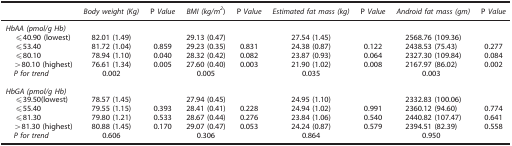
|  | Body weight (Kg) | P Value | BMI (kg/m2) | P Value | Estimated fat mass (kg) | P Value | Android fat mass (gm) | P Value |
 | --- | --- | --- | --- | --- | --- | --- | --- | --- |
 | <COLSPAN=9> HbAA (pmol/g Hb) |
 | ⩽40.90 (lowest) | 82.01 (1.49) |  | 29.13 (0.47) |  | 27.54 (1.45) |  | 2568.76 (109.36) |  |
 | ⩽53.40 | 81.72 (1.04) | 0.859 | 29.23 (0.35) | 0.831 | 24.38 (0.87) | 0.122 | 2438.53 (75.43) | 0.277 |
 | ⩽80.10 | 78.94 (1.10) | 0.040 | 28.32 (0.42) | 0.082 | 23.87 (0.93) | 0.064 | 2327.30 (109.84) | 0.084 |
 | >80.10 (highest) | 76.61 (1.34) | 0.005 | 27.60 (0.40) | 0.003 | 21.90 (1.02) | 0.008 | 2167.97 (86.02) | 0.002 |
 | P for trend | 0.002 |  | 0.005 |  | 0.035 |  | 0.003 |  |
 | <COLSPAN=9>  |
 | <COLSPAN=9> HbGA (pmol/g Hb) |
 | ⩽39.50(lowest) | 78.57 (1.45) |  | 27.94 (0.45) |  | 24.95 (1.10) |  | 2332.83 (100.06) |  |
 | ⩽55.40 | 79.55 (1.15) | 0.393 | 28.41 (0.41) | 0.228 | 24.94 (1.02) | 0.991 | 2360.12 (94.60) | 0.774 |
 | ⩽81.30 | 79.80 (1.21) | 0.533 | 28.67 (0.44) | 0.276 | 23.84 (1.06) | 0.540 | 2440.82 (107.47) | 0.641 |
 | >81.30 (highest) | 80.88 (1.45) | 0.170 | 29.07 (0.47) | 0.053 | 24.24 (0.87) | 0.579 | 2394.51 (82.39) | 0.558 |
 | P for trend | 0.606 |  | 0.306 |  | 0.864 |  | 0.950 |  |